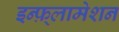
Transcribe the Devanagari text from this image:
इन्फ़्लामेशन